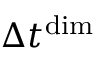
\Delta t ^ { \mathrm { d i m } }